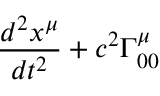
\frac { d ^ { 2 } x ^ { \mu } } { d t ^ { 2 } } + c ^ { 2 } \Gamma _ { 0 0 } ^ { \mu }